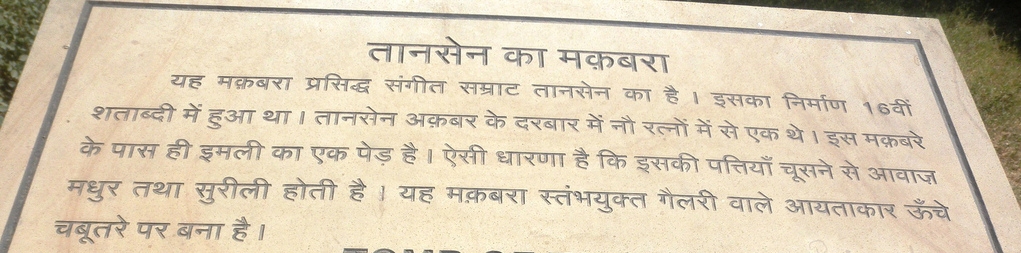
Language: hindi
Transcription: मकबरा प्रसिद्ध सम्राट 16 वीं है। है। है। में में अक़बर रत्नों थे। ऊँचे स्तंभयुक्त तानसेन तानसेन तानसेन का का मकबरा मकबरा मकबरे यह निर्माण है के के दरबार से एक वाले यह होती सुरीली तथा मधुर चूसने से पास ही एक इमली ऐसी कि इसकी बना चबूतरे था पत्तियॉं शताब्दी गैलरी संगीत धरणा में नौ पर इस है इसका का